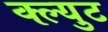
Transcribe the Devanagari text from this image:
क्ल्युट